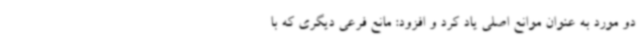
دو مورد به عنوان موانع اصلی یاد کرد و افزود: مانع فرعی دیگری که با